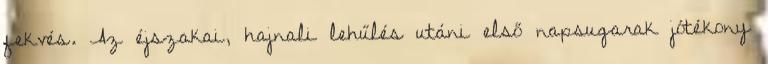
fekvés. Az éjszakai, hajnali lehűlés utáni első napsugarak jótékony